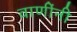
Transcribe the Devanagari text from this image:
वाणींनी